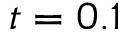
t = 0 . 1